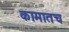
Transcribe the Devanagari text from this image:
कामातच